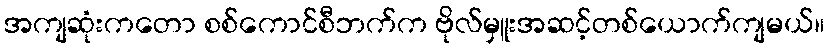
အကျဆုံးကတော စစ်ကောင်စီဘက်က ဗိုလ်မှူးအဆင့်တစ်ယောက်ကျမယ်။